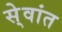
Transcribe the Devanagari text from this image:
से्वांत